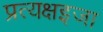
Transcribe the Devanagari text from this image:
प्रत्यक्षइजा